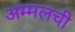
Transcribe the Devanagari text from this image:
अम्मलची